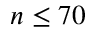
n \leq 7 0